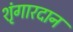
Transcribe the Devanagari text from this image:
शृंगारदान